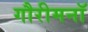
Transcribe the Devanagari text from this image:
गौरीमनॉ